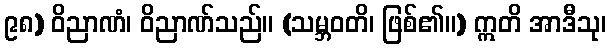
၉၈) ဝိညာဏံ၊ ဝိညာဏ်သည်။ (သမ္ဘဝတိ၊ ဖြစ်၏။) ဣတိ အာဒီသု၊